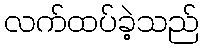
လက်ထပ်ခဲ့သည်